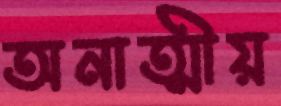
অনাত্মীয়